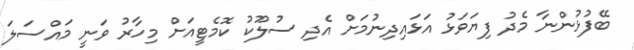
ބޭފުޅުންނާ މެދު ފިޔަވަޅު އަޅައިދިނުމަށް އެދި ސުލޫކު ކޮމެޓީއަށް މިހާރު ވަނީ މައްސަލަ